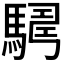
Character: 𩤫